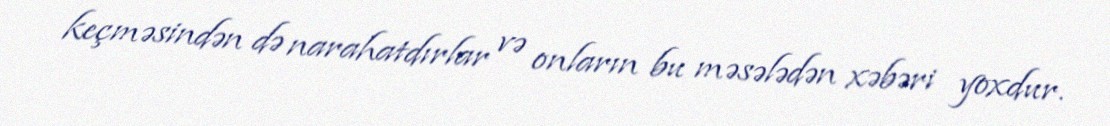
keçməsindən də narahatdırlar və onların bu məsələdən xəbəri yoxdur.